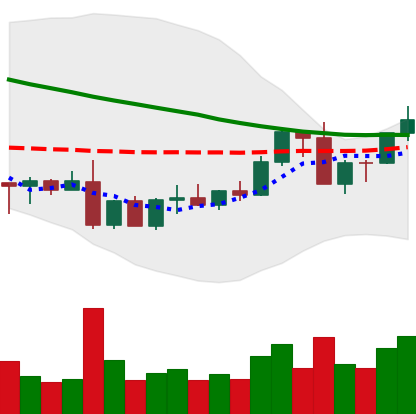
Ticker: ADA-USD
Chart end date: 2022-09-10
Forward return: -9.129%
Label: down_7plus